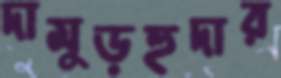
দামুড়হুদার